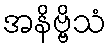
အနိဗ္ဗိသံ